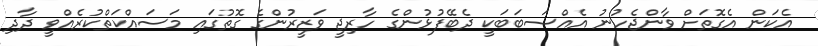
އެކަން އެގޮތަށް ވާންޖެހުނު އެއްސަބަބަކީ ދެބޭފުޅުންގެ ހާރިޖީ ވަޒީރުންގެ ގޮތުގައި މަސައްކަތްކުރެއްވީ ދާދި